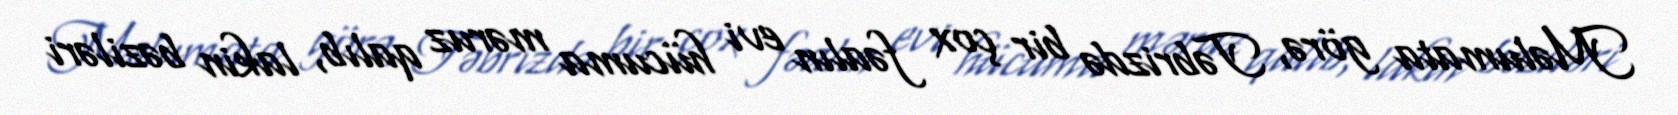
Məlumata görə, Təbrizdə bir çox fəalın evi hücuma məruz qalıb, lakin bəziləri